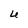
Character: U